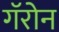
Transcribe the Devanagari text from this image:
गॅरोन